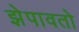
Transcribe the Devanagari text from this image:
झेपावतो